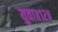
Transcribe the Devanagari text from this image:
युवा॥१२॥